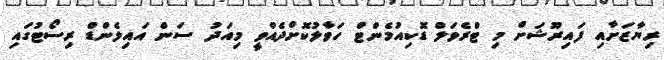
ރިޔާޒަށާއި ފައިރޫޝަށް މި ޓްރެވަލް ޑޮކިއުމެންޓް ހަވާލުކޮށްދެއްވީ މިއަދު ސަން އައިލެންޑް ރިސޯޓުގައި